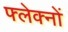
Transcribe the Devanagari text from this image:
फ्लेक्नों